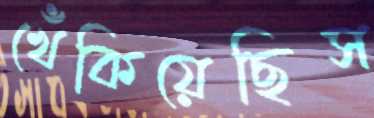
খেঁকিয়েছিস